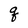
Character: q